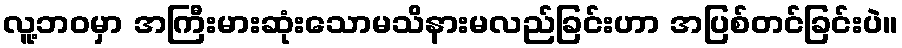
လူ့ဘဝမှာ အကြီးမားဆုံးသောမသိနားမလည်ခြင်းဟာ အပြစ်တင်ခြင်းပဲ။